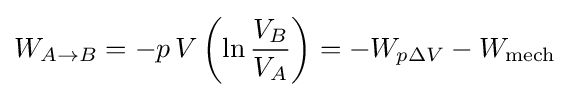
W_{A\to B}=-p\,V\left(\ln {\frac {V_{B}}{V_{A}}}\right)=-W_{p\Delta V}-W_{\rm {mech}}